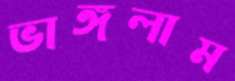
ভাঙ্গলাম